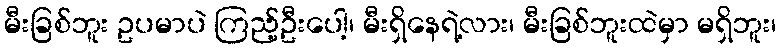
မီးခြစ်ဘူး ဥပမာပဲ ကြည့်ဦးပေါ့၊ မီးရှိနေရဲ့လား၊ မီးခြစ်ဘူးထဲမှာ မရှိဘူး၊